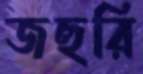
জহুরি